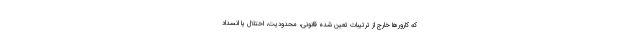
که کارورها خارج از ترتیبات تعین شده قانونی، محدودیت، اختلال یا انسداد